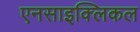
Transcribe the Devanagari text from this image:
एनसाइक्लिकल